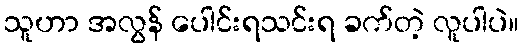
သူဟာ အလွန် ပေါင်းရသင်းရ ခက်တဲ့ လူပါပဲ။